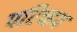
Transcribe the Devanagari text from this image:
परिच्हय